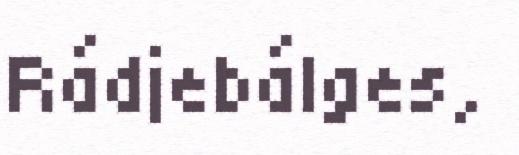
Rádjebálges,